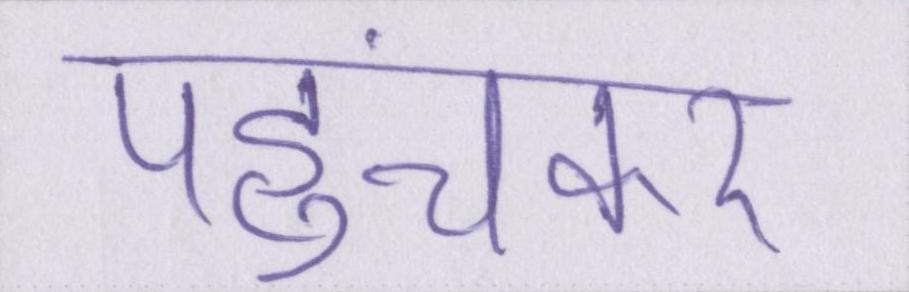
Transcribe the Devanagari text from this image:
पहुंचकर